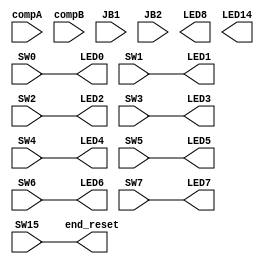
`timescale 1ns / 1ps


module Pico_project_switches(
input SW0,SW1,SW2,SW3,SW4,SW5,SW6,SW7,SW15,compA, compB, JB1, JB2,

output reg end_reset,
    
    output LED0,LED1,LED2,LED3,LED4,LED5,LED6,LED7,LED8, LED14
    
    );
    always @ (*) begin
                
                end_reset = SW15;
                
			end
   
	assign LED0 = SW0;
    assign LED1 = SW1;
    assign LED2 = SW2;
    assign LED3 = SW3;
    assign LED4 = SW4;
    assign LED5 = SW5;
    assign LED6 = SW6;
    assign LED7 = SW7;
    //assign LED14 = compA;
    
endmodule